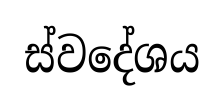
ස්වදේශය